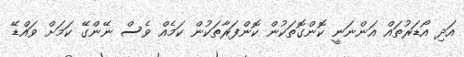
އަދި އޯޑަރުތައް އަންނަނީ ކޮންގޮތަކުން ކޮންފަރާތަކުން ކަމެއް ވެސް ނޭންގޭ ކަމަށް ވައްޑޭ